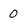
Character: 0